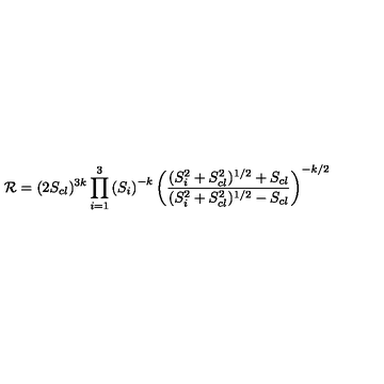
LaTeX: { \cal R } = ( 2 S _ { c l } ) ^ { 3 k } \prod _ { i = 1 } ^ { 3 } \left( S _ { i } \right) ^ { - k } \left( \frac { ( S _ { i } ^ { 2 } + S _ { c l } ^ { 2 } ) ^ { 1 / 2 } + S _ { c l } } { ( S _ { i } ^ { 2 } + S _ { c l } ^ { 2 } ) ^ { 1 / 2 } - S _ { c l } } \right) ^ { - k / 2 }